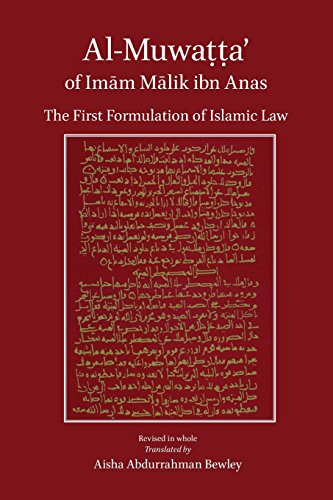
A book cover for Al-Muwatta of Imam Malik; Malik Ibn Anas; Religion & Spirituality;